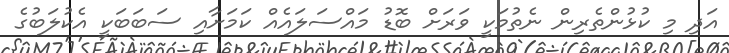
އަދި މި ކުޅުންތެރިން ނެތުމަކީ ވަރަށް ބޮޑު މައްސަލައެއް ކަމަށާއި ސަބަބަކީ އެކުލަބުގެ